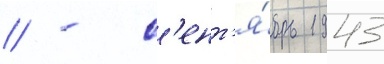
// - с'ент'я́брь 1943